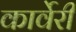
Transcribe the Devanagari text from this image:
कार्वेरी